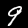
Label: 9